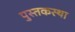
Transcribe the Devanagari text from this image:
पुस्तकस्था